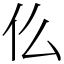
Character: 仫